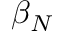
\beta _ { N }